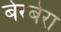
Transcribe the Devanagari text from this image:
बेरबेरा